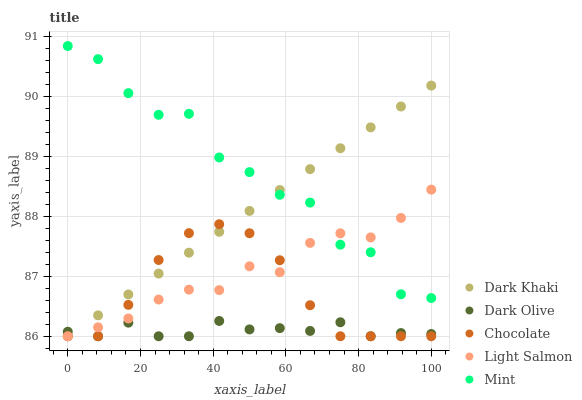
| xaxis_label | Dark Khaki | Dark Olive | Chocolate | Light Salmon | Mint |
 | --- | --- | --- | --- | --- | --- |
 | 0 | 86 | 86.1 | 86 | 86 | 90.8 |
 | 8.33 | 86.3 | 86 | 86 | 86.1 | 90.6 |
 | 16.7 | 86.7 | 86.2 | 86.5 | 86.3 | 90.1 |
 | 25 | 87 | 86 | 87.3 | 86.6 | 89.7 |
 | 33.3 | 87.4 | 86 | 87.7 | 86.8 | 89.7 |
 | 41.7 | 87.7 | 86.3 | 87.9 | 86.8 | 89 |
 | 50 | 88.1 | 86.1 | 87.7 | 87.2 | 88.7 |
 | 58.3 | 88.4 | 86.1 | 87.3 | 87.1 | 88.4 |
 | 66.7 | 88.8 | 86.1 | 86.5 | 87.6 | 88.2 |
 | 75 | 89.1 | 86.2 | 86 | 87.7 | 87.5 |
 | 83.3 | 89.5 | 86 | 86 | 87.7 | 87.4 |
 | 91.7 | 89.8 | 86.1 | 86 | 88 | 86.7 |
 | 100 | 90.2 | 86 | 86 | 88.4 | 86.6 |